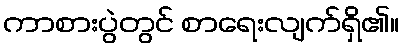
ကာစားပွဲတွင် စာရေးလျက်ရှိ၏။